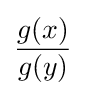
{\frac {g(x)}{g(y)}}